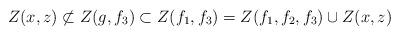
LaTeX: \begin{align*}Z(x,z)\not\subset Z(g,f_3)\subset Z(f_1,f_3)=Z(f_1,f_2,f_3)\cup Z(x,z)\end{align*}